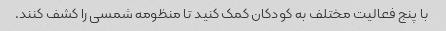
با پنج فعالیت مختلف به کودکان کمک کنید تا منظومه شمسی را کشف کنند.